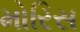
મોરિસ